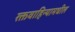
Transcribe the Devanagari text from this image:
रक्तवाहिन्यामधील